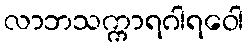
လာဘသက္ကာရဂါရဝေါ